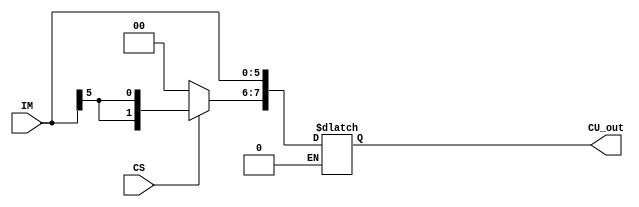
`timescale 1ns / 1ps
//////////////////////////////////////////////////////////////////////////////////
// Company: 
// Engineer: 
// 
// Design Name: 
// Module Name: constant_unit
// Project Name: 
// Target Devices: 
// Tool Versions: 
// Description: 
// 
// Dependencies: 
// 
// Revision:
// Revision 0.01 - File Created
// Additional Comments:
// 
//////////////////////////////////////////////////////////////////////////////////


module constant_unit(
input [5:0] IM, 
input CS,
output [7:0] CU_out);
reg [7:0] constantunit;
always@(*)
begin
if (CS==0) 
begin
constantunit[5:0]=IM; 
constantunit[7:6]=2'b00; 
end

else if (CS==1)
begin 
constantunit[5:0]=IM; 
constantunit[7]=IM[5]; 
constantunit[6]=IM[5];
end
end
assign CU_out=constantunit; 
endmodule